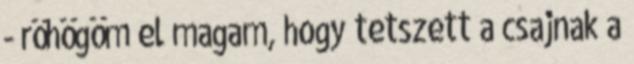
- röhögöm el magam, hogy tetszett a csajnak a